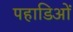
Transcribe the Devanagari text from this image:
पहाडिओं